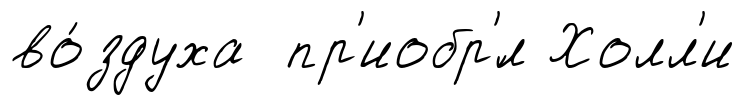
во́здуха пр'иобр'́л Холл'и